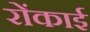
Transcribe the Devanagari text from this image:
रोंकाई